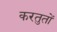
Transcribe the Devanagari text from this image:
करतुतों